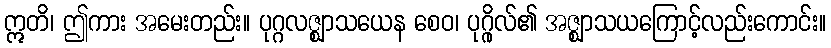
ဣတိ၊ ဤကား အမေးတည်း။ ပုဂ္ဂလဇ္ဈာသယေန စေဝ၊ ပုဂ္ဂိုလ်၏ အဇ္ဈာသယကြောင့်လည်းကောင်း။